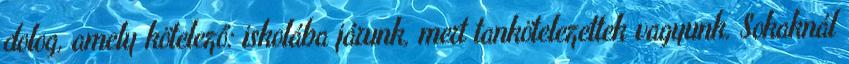
dolog, amely kötelező: iskolába járunk, mert tankötelezettek vagyunk. Sokaknál